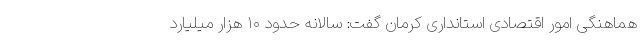
هماهنگی امور اقتصادی استانداری کرمان گفت: سالانه حدود ۱۰ هزار میلیارد